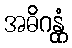
အဓိဂန္တုံ